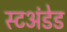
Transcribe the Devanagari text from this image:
स्टअंडेड